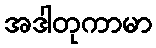
အဒါတုကာမာ